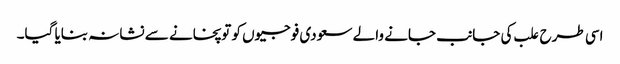
اسی طرح علب کی جانب جانے والے سعودی فوجیوں کو توپخانے سے نشانہ بنایا گیا۔